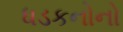
ધડકનોનો